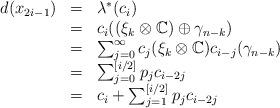
LaTeX: \begin{align*} \begin{array}{lll} d(x_{2i -1}) &=& \lambda^*(c_i) \\ &=& c_{i} ((\xi_{k} \otimes \mathbb{C}) \oplus \gamma_{n-k})\\ &=& \sum_{j=0}^{\infty} c_{j} (\xi_{k} \otimes \mathbb{C}) c_{i-j} (\gamma_{n-k})\\ &=& \sum_{j=0}^{[i/2]} p_{j} c_{i-2j}\\ &=& c_i + \sum_{j=1}^{[i/2]} p_{j} c_{i-2j}\\ \end{array}\end{align*}